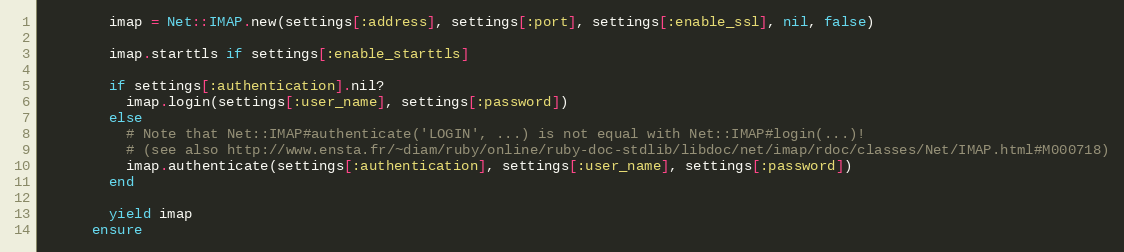
Language: Ruby
        imap = Net::IMAP.new(settings[:address], settings[:port], settings[:enable_ssl], nil, false)

        imap.starttls if settings[:enable_starttls]

        if settings[:authentication].nil?
          imap.login(settings[:user_name], settings[:password])
        else
          # Note that Net::IMAP#authenticate('LOGIN', ...) is not equal with Net::IMAP#login(...)!
          # (see also http://www.ensta.fr/~diam/ruby/online/ruby-doc-stdlib/libdoc/net/imap/rdoc/classes/Net/IMAP.html#M000718)
          imap.authenticate(settings[:authentication], settings[:user_name], settings[:password])
        end

        yield imap
      ensure